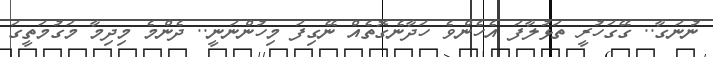
ނުނަގާ.. ގޭގަހުރީ ތަޅުލާފަ އެހެންވެ ހަދާނެގޮތެއް ނޭގިފަ މިހުންނަނީ.. ދެންމެ މިދިމާ މަގުމަތީގަ